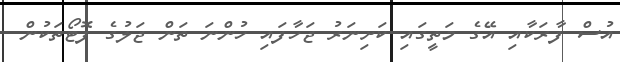
އުސް ފާރަކާއި އޭގެ މަތީގައި ކަށިނަރު ޖަހާފައި ހުންނަ ތަން ޖަލުގެ ފޮޓޯތަކުން